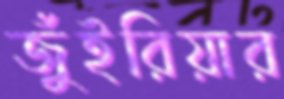
জুঁইরিয়ার